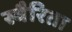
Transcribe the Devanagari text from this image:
स्वैरिता